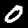
Label: 0